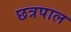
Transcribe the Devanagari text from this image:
छत्रपाल